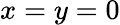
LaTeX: x=y=0